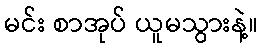
မင်း စာအုပ် ယူမသွားနဲ့။